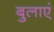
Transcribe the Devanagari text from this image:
बुलाएं